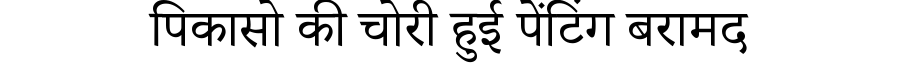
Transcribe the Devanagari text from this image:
पिकासो की चोरी हुई पेंटिंग बरामद